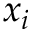
x _ { i }